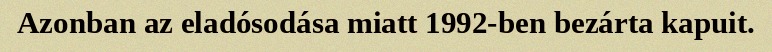
Azonban az eladósodása miatt 1992-ben bezárta kapuit.